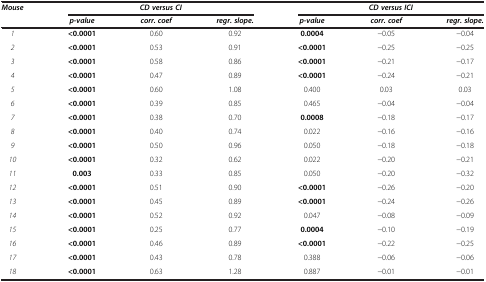
| <ROWSPAN=2> Mouse | <COLSPAN=3> CD versus CI | <COLSPAN=3> CD versus ICI |
 | p-value | corr. coef | regr. slope. | p-value | corr. coef | regr. slope. |
 | --- | --- | --- | --- | --- | --- | --- |
 | 1 | <0.0001 | 0.60 | 0.92 | 0.0004 | −0.05 | −0.04 |
 | 2 | <0.0001 | 0.53 | 0.91 | <0.0001 | −0.25 | −0.25 |
 | 3 | <0.0001 | 0.58 | 0.86 | <0.0001 | −0.21 | −0.17 |
 | 4 | <0.0001 | 0.47 | 0.89 | <0.0001 | −0.24 | −0.21 |
 | 5 | <0.0001 | 0.60 | 1.08 | 0.400 | 0.03 | 0.03 |
 | 6 | <0.0001 | 0.39 | 0.85 | 0.465 | −0.04 | −0.04 |
 | 7 | <0.0001 | 0.38 | 0.70 | 0.0008 | −0.18 | −0.17 |
 | 8 | <0.0001 | 0.40 | 0.74 | 0.022 | −0.16 | −0.16 |
 | 9 | <0.0001 | 0.50 | 0.96 | 0.050 | −0.18 | −0.18 |
 | 10 | <0.0001 | 0.32 | 0.62 | 0.022 | −0.20 | −0.21 |
 | 11 | 0.003 | 0.33 | 0.85 | 0.050 | −0.20 | −0.32 |
 | 12 | <0.0001 | 0.51 | 0.90 | <0.0001 | −0.26 | −0.20 |
 | 13 | <0.0001 | 0.45 | 0.89 | <0.0001 | −0.24 | −0.26 |
 | 14 | <0.0001 | 0.52 | 0.92 | 0.047 | −0.08 | −0.09 |
 | 15 | <0.0001 | 0.25 | 0.77 | 0.0004 | −0.10 | −0.19 |
 | 16 | <0.0001 | 0.46 | 0.89 | <0.0001 | −0.22 | −0.25 |
 | 17 | <0.0001 | 0.43 | 0.78 | 0.388 | −0.06 | −0.06 |
 | 18 | <0.0001 | 0.63 | 1.28 | 0.887 | −0.01 | −0.01 |